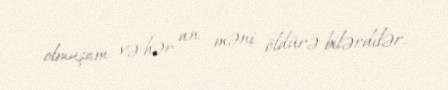
olmuşam və hər an məni öldürə bilərdilər.